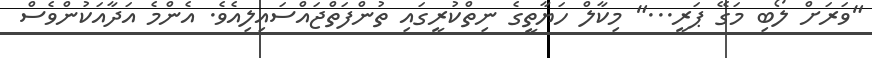
"ވަރަށް ލޯބި މަގޭ ޕަރީ..." މިކާލް ހަޔާތީގެ ނިތްކުރީގައި ތުންފަތްޖައްސައިލިއެވެ. އެންމެ އަދާއަކުންވެސް